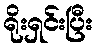
ရိုးရှင်းပြီး